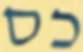
כס